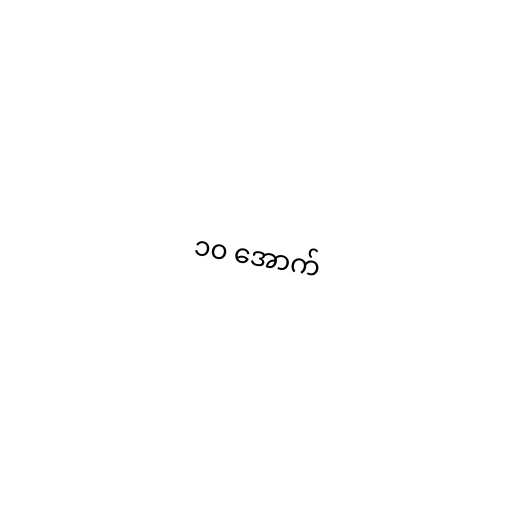
၁၀ အောက်